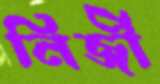
নির্জী